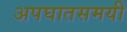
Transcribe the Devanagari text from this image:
अपघातसमयी